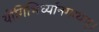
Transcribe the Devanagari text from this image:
योगिभिर्ध्यानगम्यम्।